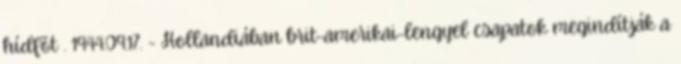
hídfõt . 1944.09.17. - Hollandiában brit-amerikai-lengyel csapatok megindítják a